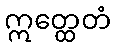
ဣတ္ထေတံ